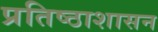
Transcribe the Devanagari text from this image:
प्रतिष्ठाशासन